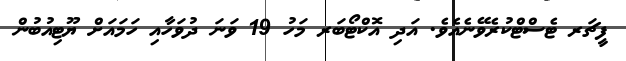
ފީޗަރ ޓެސްޓްކުރެވޭނެއެވެ. އަދި އޮކްޓޯބަރ މަހު 19 ވަނަ ދުވަހާއި ހަމައަށް ޔޫޓިއުބުން